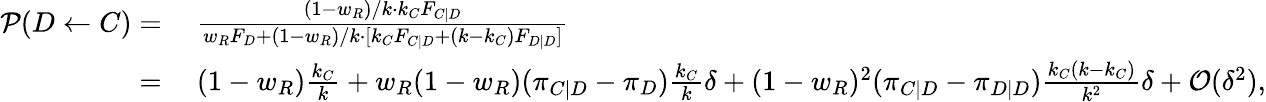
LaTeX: \begin{array}{rl}{\mathcal{P}(D\gets C)=}&{~\frac{(1-w_{R})/k\cdot k_{C}F_{C|D}}{w_{R}F_{D}+(1-w_{R})/k\cdot[k_{C}F_{C|D}+(k-k_{C})F_{D|D}]}}\\ {=}&{~(1-w_{R})\frac{k_{C}}{k}+w_{R}(1-w_{R})(\pi_{C|D}-\pi_{D})\frac{k_{C}}{k}\delta+(1-w_{R})^{2}(\pi_{C|D}-\pi_{D|D})\frac{k_{C}(k-k_{C})}{k^{2}}\delta+\mathcal{O}(\delta^{2}),}\end{array}